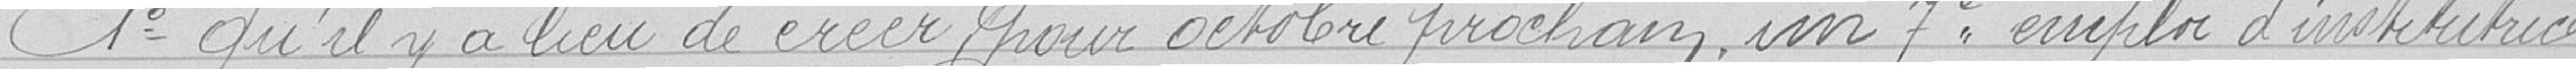
1° qu'il y a lieu de créer pour octobre prochain un septième emploi d'institutrice